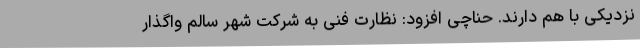
نزدیکی با هم دارند. حناچی افزود: نظارت فنی به شرکت شهر سالم واگذار